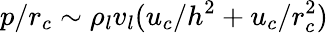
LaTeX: p/{r_{c}}\sim{\rho_{l}}{v_{l}}({u_{c}}/{h^{2}}+{u_{c}}/r_{c}^{2})